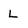
Character: L